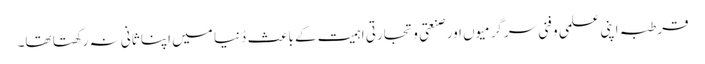
قرطبہ اپنی علمی و فنی سرگرمیوں اور صنعتی و تجارتی اہمیت کے باعث دُنیا میں اپنا ثانی نہ رکھتا تھا۔